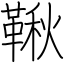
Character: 鞦